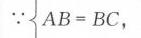
$\because\{ AB = BC,$